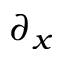
\partial _ { x }